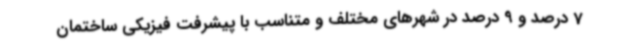
7 درصد و 9 درصد در شهرهای مختلف و متناسب با پیشرفت فیزیکی ساختمان